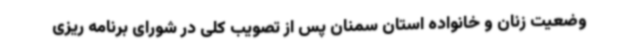
وضعیت زنان و خانواده استان سمنان پس از تصویب کلی در شورای برنامه ریزی